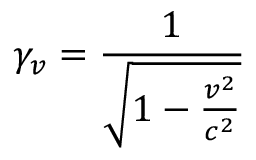
\gamma _ { v } = \frac { 1 } { \sqrt { 1 - \frac { v ^ { 2 } } { c ^ { 2 } } } }